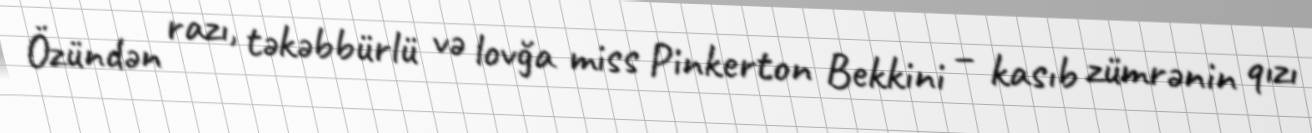
Özündən razı, təkəbbürlü və lovğa miss Pinkerton Bekkini – kasıb zümrənin qızı